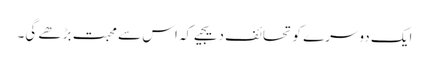
ایک دوسرے کو تحائف دیجیے کہ اس سے محبت بڑھے گی۔